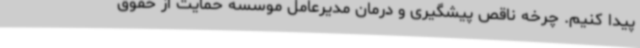
پیدا کنیم. چرخه ناقص پیشگیری و درمان مدیرعامل موسسه حمایت از حقوق